18_6369445_General_1948_Vol_1
Agency: Department of War
Incident date: 6/15/48
Page 21
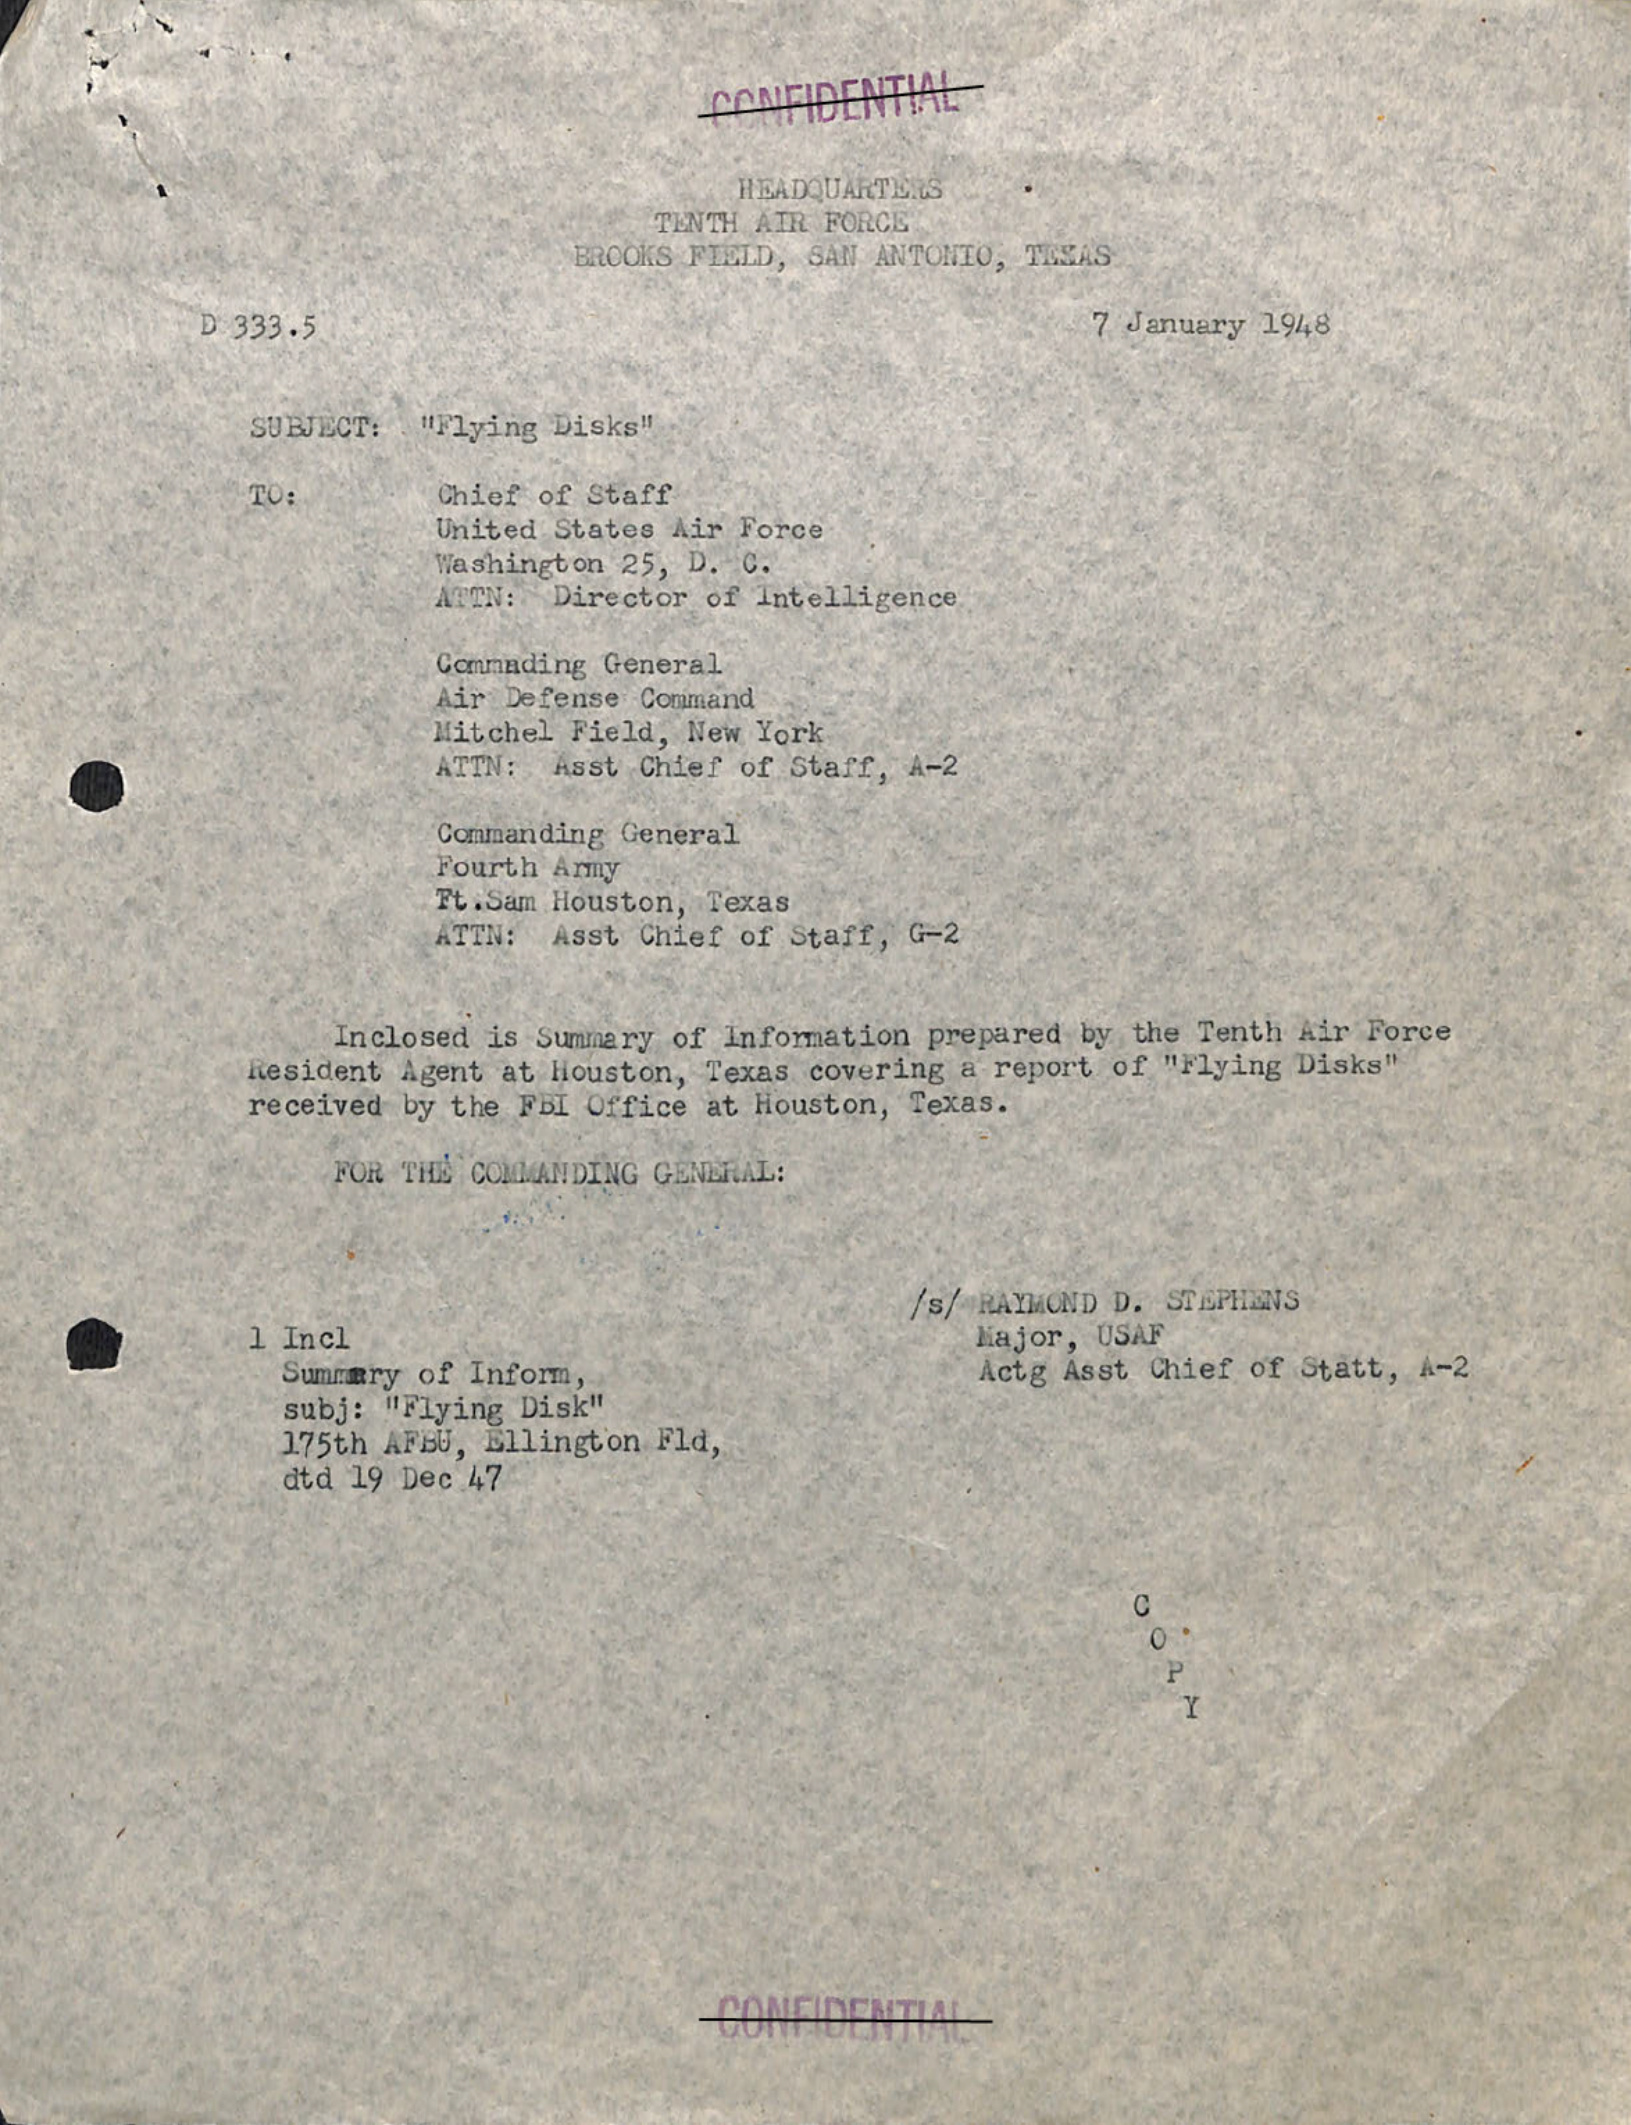